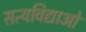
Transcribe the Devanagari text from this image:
सत्यविद्याओं